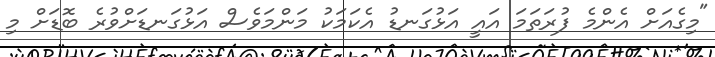
"މިގެއަށް އެންމެ ފުރަތަމަ އައީ އަޅުގަނޑު އެކަމަކު މަންމަވެސް އަޅުގަނޑަށްވުރެ ބޮޑަށް މި